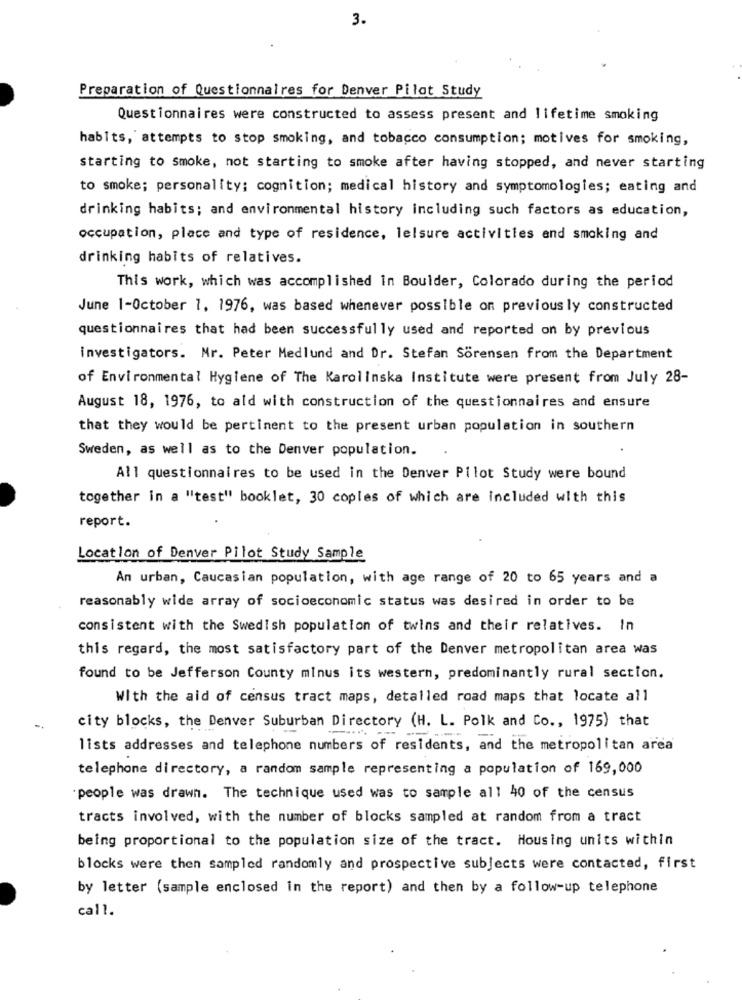
3.
Preparation of Questionnaires for Denver Pilot Study
Questionnaires were constructed to assess present and lifetime smoking
habits, attempts to stop smoking, and tobacco consumption; motives for smoking,
starting to smoke, not starting to smoke after having stopped, and never starting
to smoke; personality; cognition; medical history and symptomologies; eating and
drinking habits; and environmental history including such factors as education,
occupation, place and type of residence, leisure activities and smoking and
drinking habits of relatives.
This work, which was accomplished in Boulder, Colorado during the period
June 1-October 1, 1976, was based whenever possible on previously constructed
questionnaires that had been successfully used and reported on by previous
investigators. Mr. Peter Medlund and Dr. Stefan Sorensen from the Department
of Environmental Hygiene of The Karolinska Institute were present from July 28-
August 18, 1976, to ald with construction of the questionnaires and ensure
that they would be pertinent to the present urban population in southern
Sweden, as well as to the Denver population.
All questionnaires to be used in the Denver Pilot Study were bound
together in a "test" booklet, 30 copies of which are included with this
report.
Location of Denver Pilot Study Sample
An urban, Caucasian population, with age range of 20 to 65 years and a
reasonably wide array of socioeconomic status was desired in order to be
consistent with the Swedish population of twins and their relatives. In
this regard, the most satisfactory part of the Denver metropolitan area was
found to be Jefferson County minus its western, predominantly rural section.
With the aid of census tract maps, detalled road maps that locate all
city blocks, the Denver Suburban Directory (H. L. Polk and Co ., 1975) that
lists addresses and telephone numbers of residents, and the metropolitan area
telephone directory, a random sample representing a population of 169,000
people was drawn. The technique used was to sample all 40 of the census
tracts involved, with the number of blocks sampled at random from a tract
being proportional to the population size of the tract. Housing units within
blocks were then sampled randomly and prospective subjects were contacted, first
by letter (sample enclosed in the report) and then by a follow-up telephone
call.